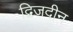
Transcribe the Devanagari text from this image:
द्विजदीन